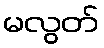
မလွတ်